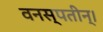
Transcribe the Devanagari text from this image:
वनस्पतीन्।